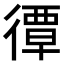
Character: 𢕯